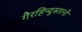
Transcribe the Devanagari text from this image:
गैरहिन्दुस्तानी